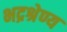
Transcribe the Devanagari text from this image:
भद्रश्रेण्य